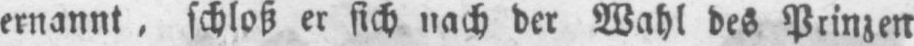
ernannt, schloß er sich nach der Wahl des Prinzen